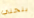
ينحني